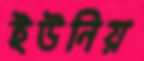
ইউনিয়